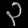
Digit: ၃